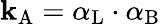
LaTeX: \mathbf{k}_{\mathrm{{{A}}}}=\alpha_{\mathrm{{{L}}}}\cdot\alpha_{\mathrm{{{B}}}}